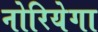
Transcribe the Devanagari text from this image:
नोरियेगा